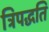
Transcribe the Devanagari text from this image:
त्रिपद्धति